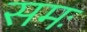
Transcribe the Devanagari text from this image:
समः